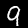
Digit: 9